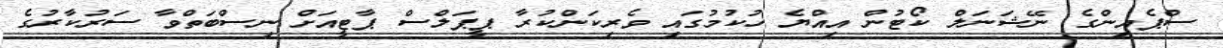
ސްޕެއިންގެ ނޭޝަނަލް ކޯޓުން އިއްޔެ ހުކުމުގައި ވެރިކަންކުރާ ޕީޕަލްސް ޕާޓީއަށް ނިސްބަތްވާ ސަރުކާރުގެ